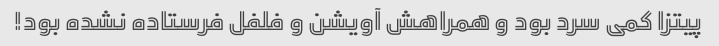
پیتزا کمی سرد بود و همراهش آویشن و فلفل فرستاده نشده بود!